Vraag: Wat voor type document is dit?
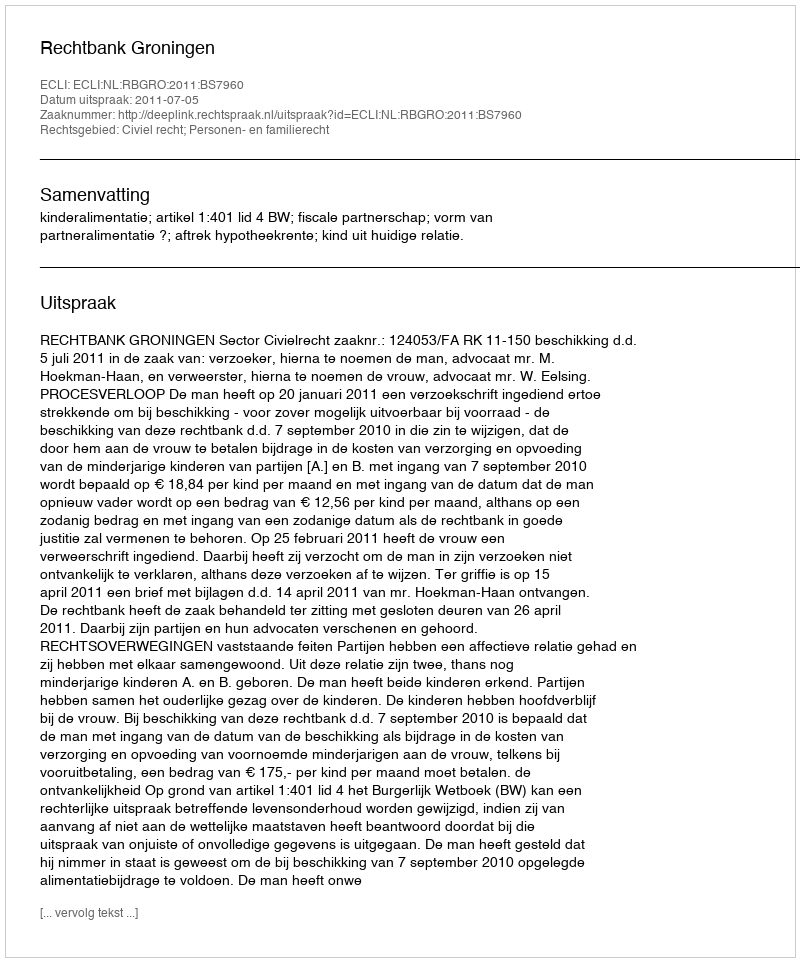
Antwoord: Uitspraak